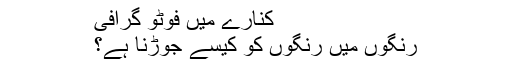
کنارے میں فوٹو گرافی
رنگوں میں رنگوں کو کیسے جوڑنا ہے؟